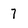
Character: 7